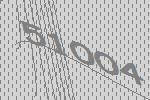
51004